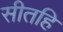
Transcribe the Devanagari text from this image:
सीतहि